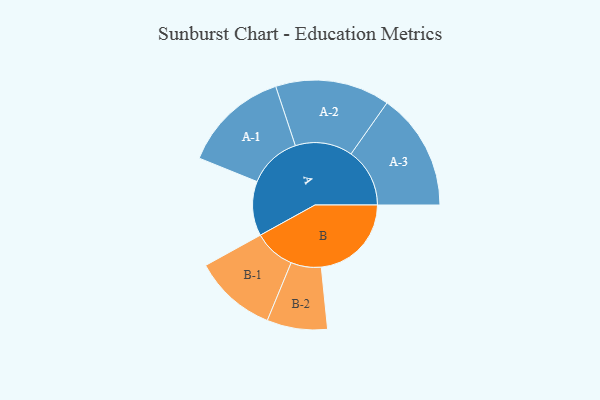
{"axis": {"x": "Segment", "y": "Value"}, "legend": ["", "A", "B"], "data": [{"x": "A", "y": 274, "type": ""}, {"x": "B", "y": 453, "type": ""}, {"x": "A-1", "y": 267, "type": "A"}, {"x": "A-2", "y": 288, "type": "A"}, {"x": "A-3", "y": 295, "type": "A"}, {"x": "B-1", "y": 208, "type": "B"}, {"x": "B-2", "y": 152, "type": "B"}]}